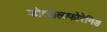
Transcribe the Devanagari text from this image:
फोत्बोल्ल्फोरेनिङ